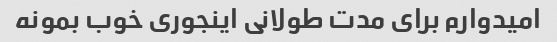
امیدوارم برای مدت طولانی اینجوری خوب بمونه